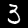
Label: 3